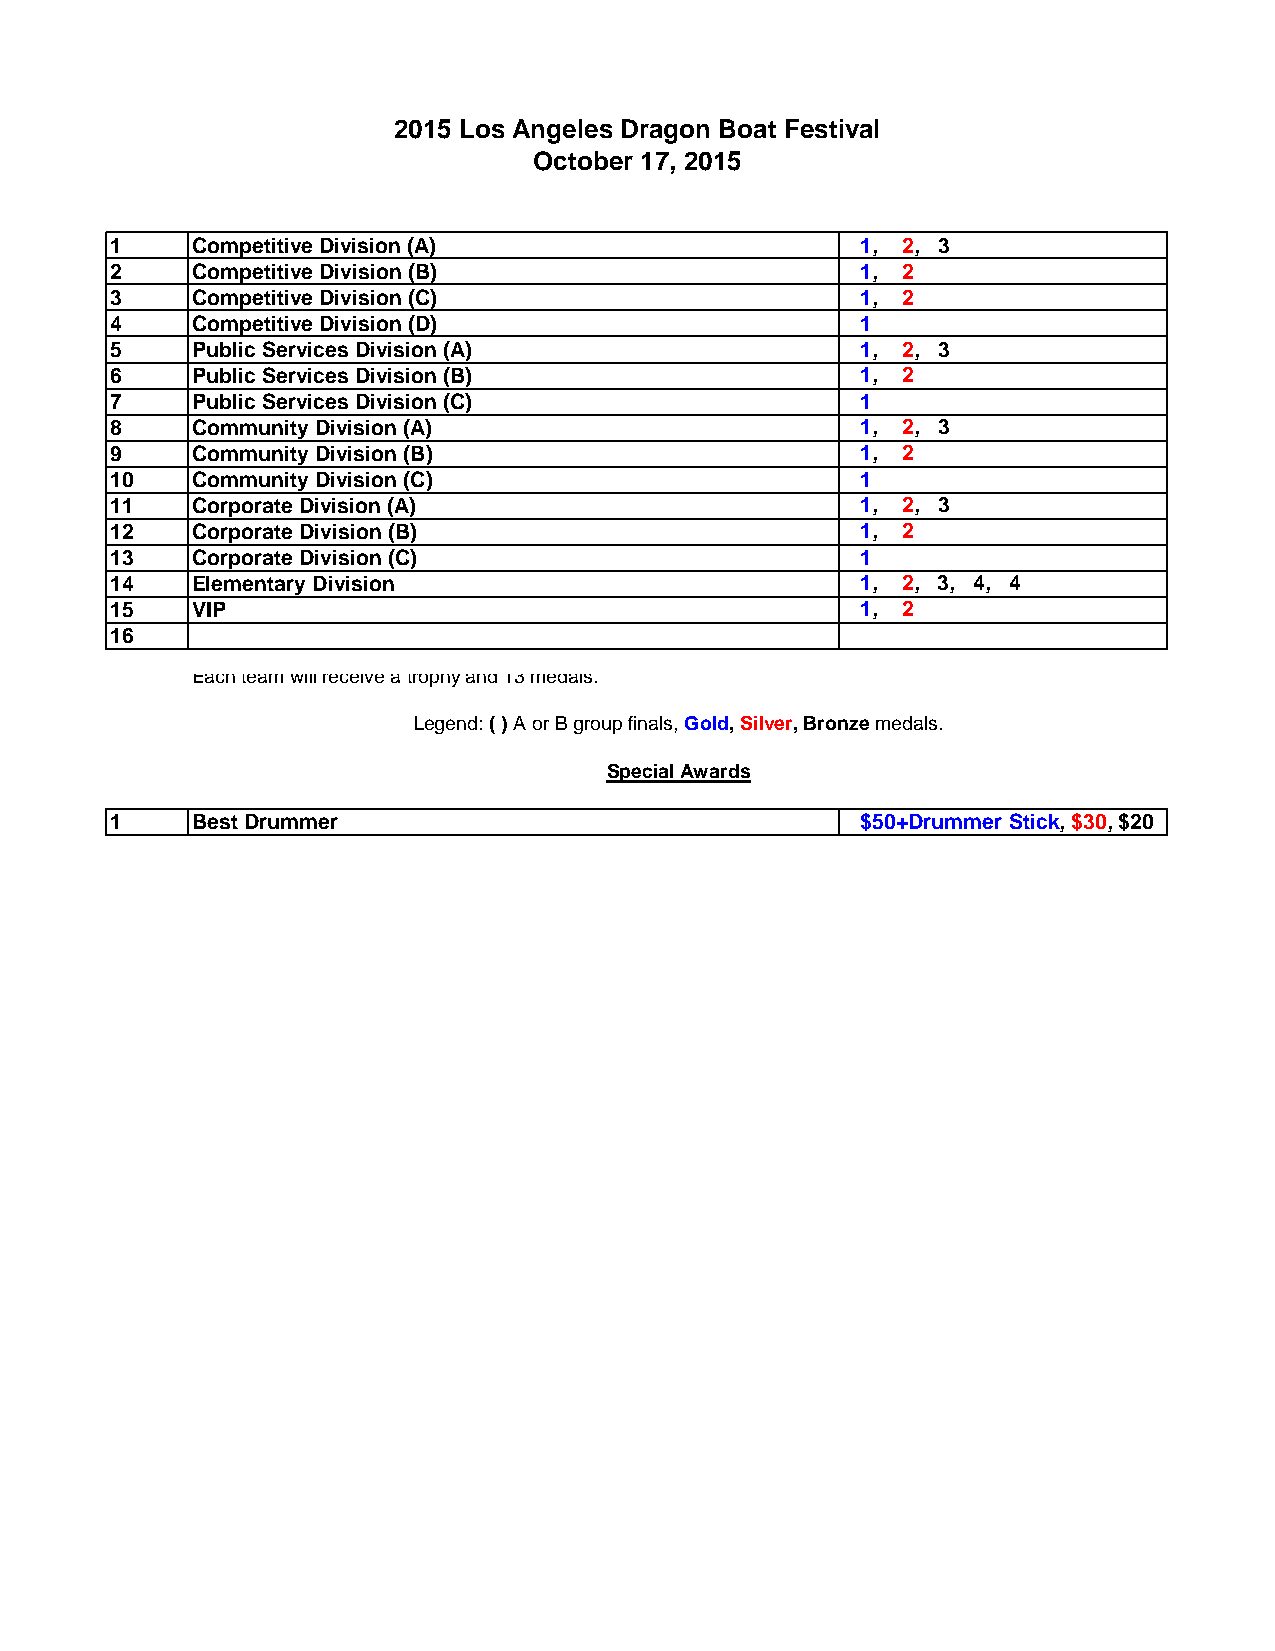
2015 Los Angeles Dragon Boat Festival
 October 17, 2015
 1     Competitive Division (A)                    1, 2, 3
 2     Competitive Division (B)                    1, 2
 3     Competitive Division (C)                    1, 2
 4     Competitive Division (D)                    1
 5     Public Services Division (A)                1, 2, 3
 6     Public Services Division (B)                1, 2
 7     Public Services Division (C)                1
 8     Community Division (A)                      1, 2, 3
 9     Community Division (B)                      1, 2
 10    Community Division (C)                      1
 11    Corporate Division (A)                      1, 2, 3
 12    Corporate Division (B)                      1, 2
 13    Corporate Division (C)                      1
 14    Elementary Division                         1, 2, 3, 4, 4
 15    VIP                                         1, 2
 16
 Each team will receive a trophy and 13 medals.
 Legend: ( ) A or B group finals, Gold, Silver, Bronze medals.
 Special Awards
 1     Best Drummer                                $50+Drummer Stick, $30, $20